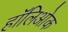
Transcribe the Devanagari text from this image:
हॉलिओक